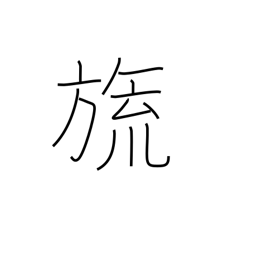
Meaning: counter for flags